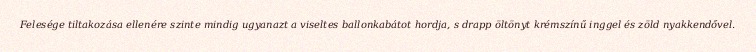
Felesége tiltakozása ellenére szinte mindig ugyanazt a viseltes ballonkabátot hordja, s drapp öltönyt krémszínű inggel és zöld nyakkendővel.